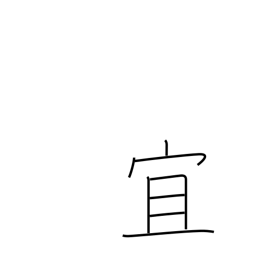
Meaning: best regards